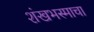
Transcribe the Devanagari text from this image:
शंखभस्माचा